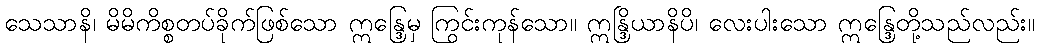
သေသာနိ၊ မိမိကိစ္စတပ်ခိုက်ဖြစ်သော ဣန္ဒြေမှ ကြွင်းကုန်သော။ ဣန္ဒြိယာနိပိ၊ လေးပါးသော ဣန္ဒြေတို့သည်လည်း။